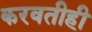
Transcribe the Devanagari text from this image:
करवतीही